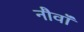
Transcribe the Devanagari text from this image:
नौवॉं